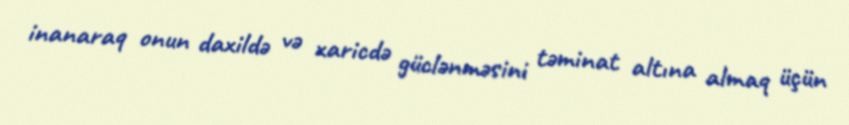
inanaraq onun daxildə və xaricdə güclənməsini təminat altına almaq üçün